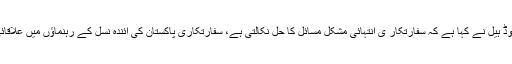
17 اپریل2018ء) پاکستان میں تعینات امریکی سفیر ڈیوڈ ہیل نے کہا ہے کہ سفارتکار ی انتہائی مشکل مسائل کا حل نکالتی ہے، سفارتکاری پاکستان کی آئندہ نسل کے رہنماؤں میں علاقائی امن اور استحکام لانے میں مددگار ثابت ہو سکتی ہے۔